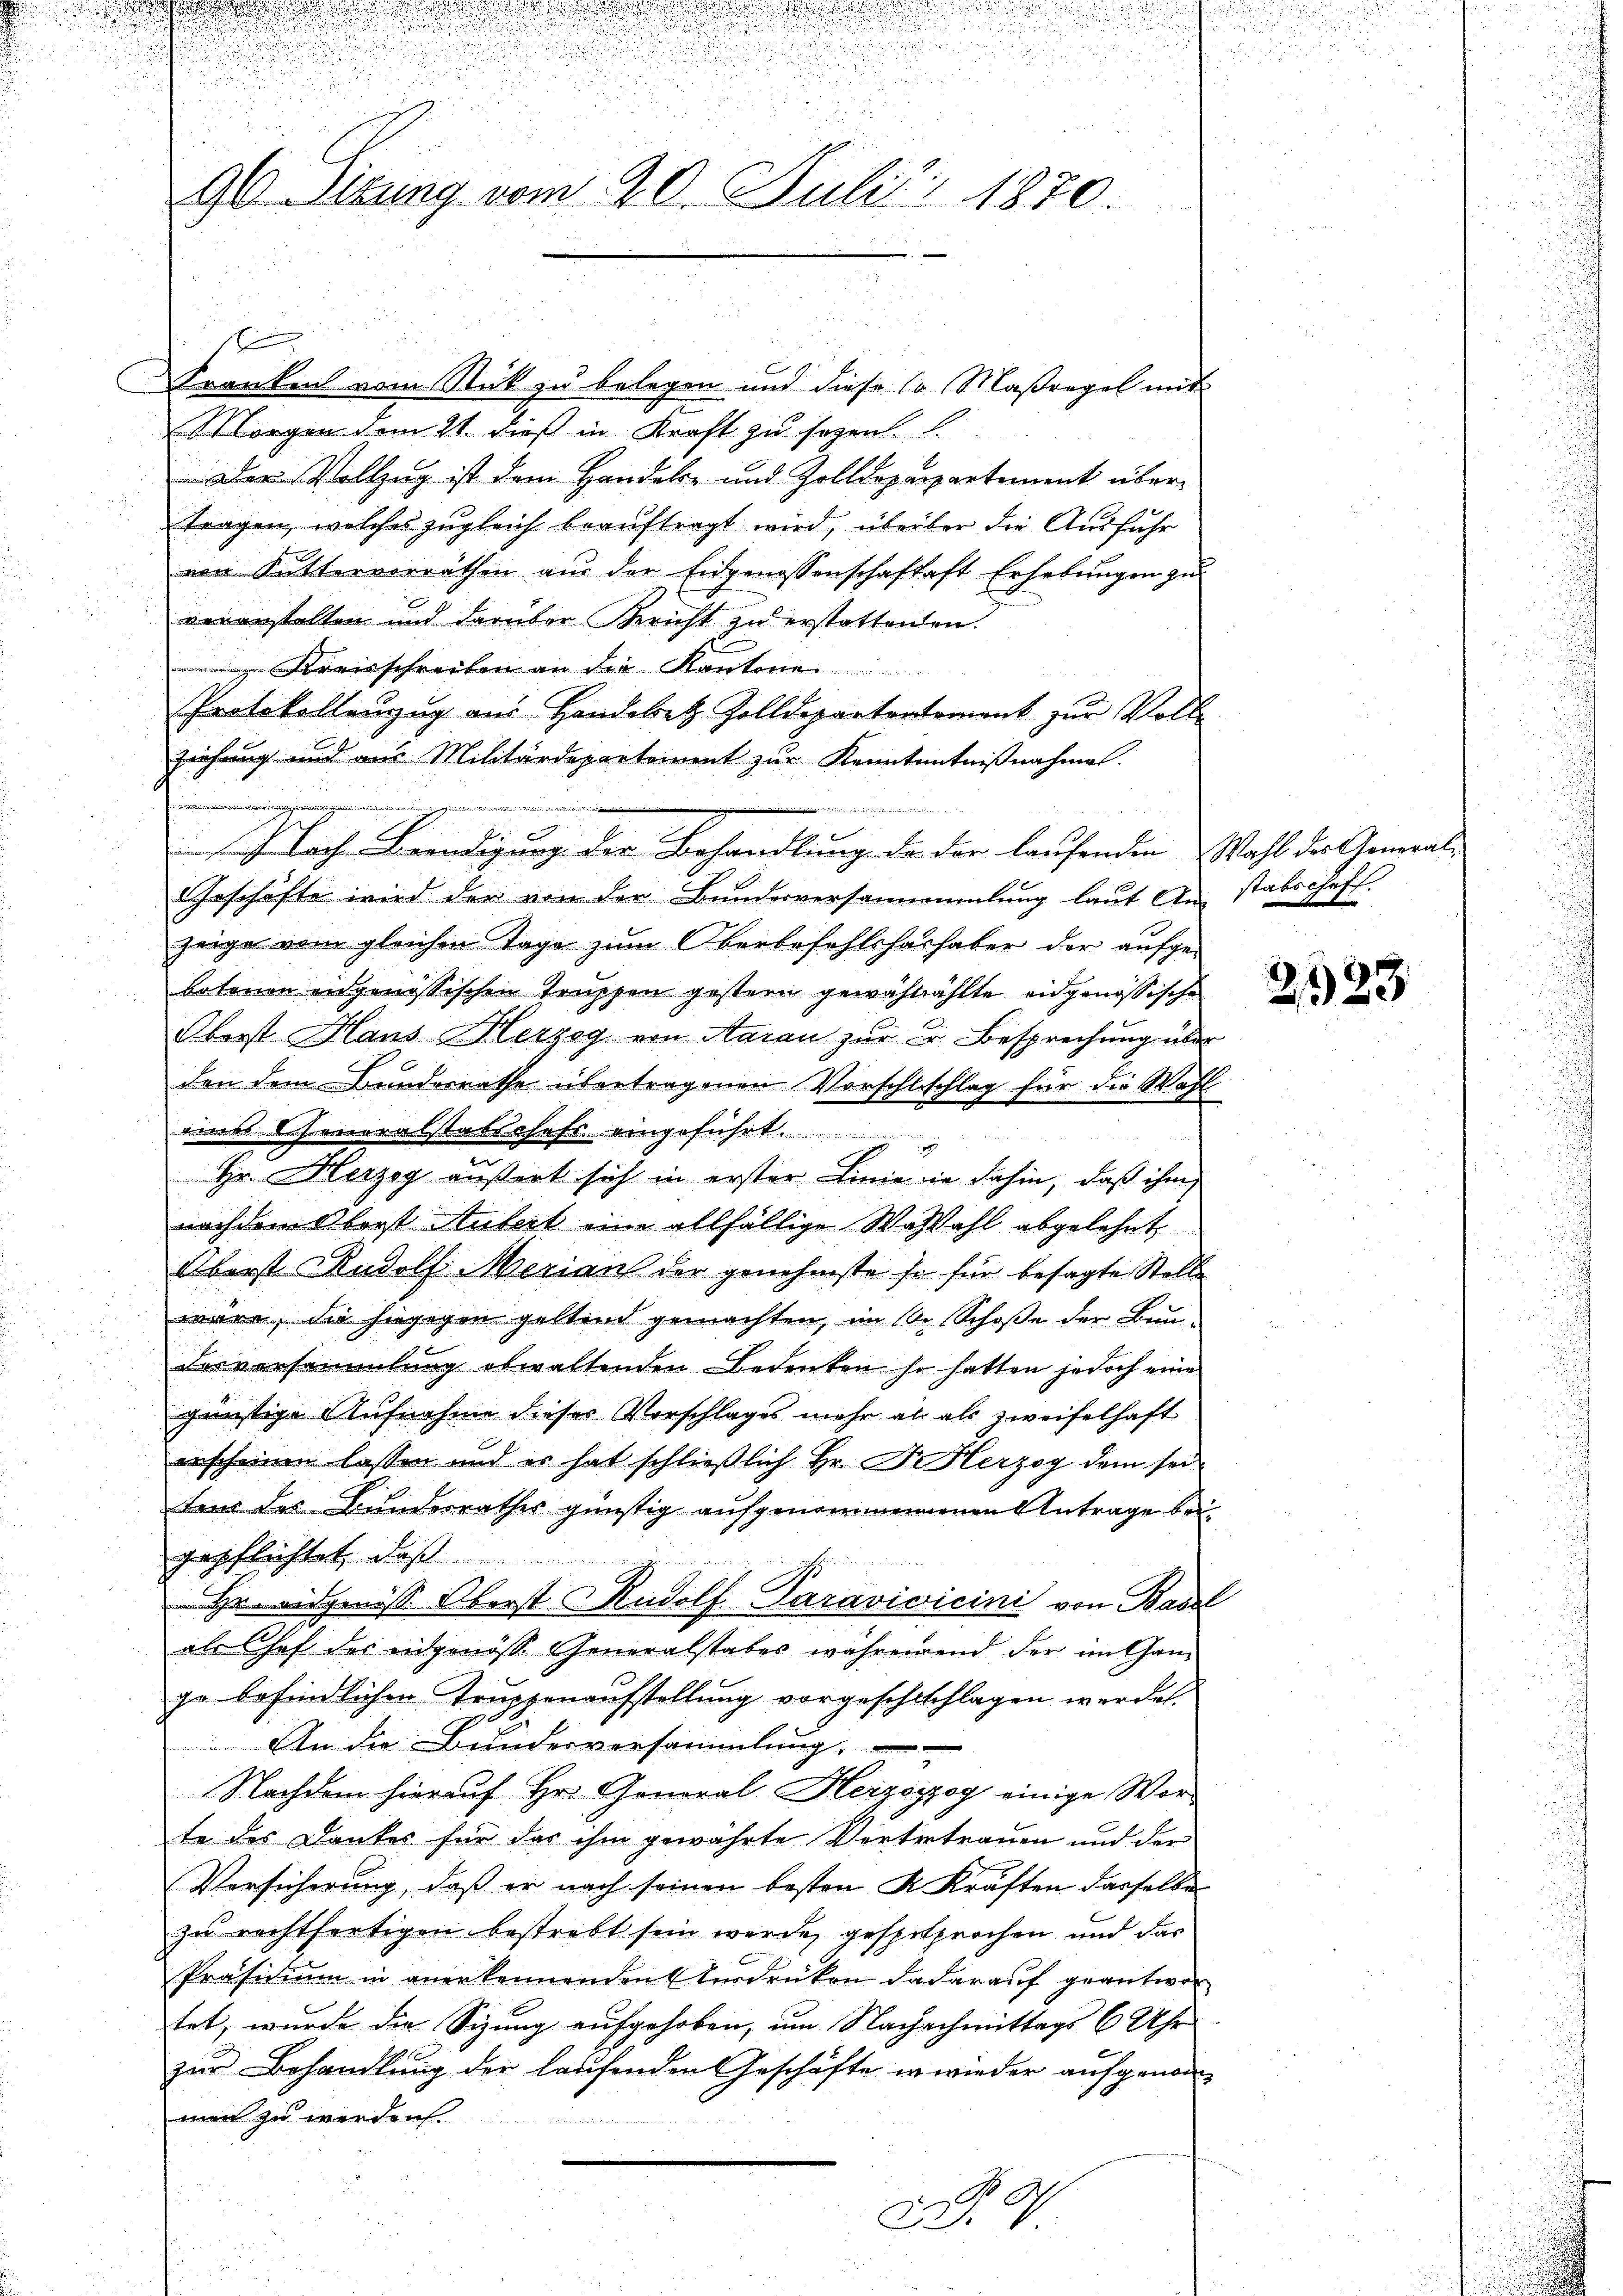
i

n
u
e

.
96. Sirung vom 20. Juli 1870.

f
Franken vom Stick zu belegen und diese so Maßregel mit
 Morgen dem 21. dieß in Kraft zu sogen.
Der Vollzug ist dem Handels- und Zolldeparpartement übertragen, welches zugleich beauftragt wird, überber die Ausführ
von Kuttervorräthen aŭs der Eidgenossenschaftaft Erhebŭngen zu
veranstalten und darüber Bericht zu erstattenen.
 Kreisschreiben an die Kantone
Protokollauszug aus Handebetz Zolldepartentement zur Voll-
ziehung und aus Militärdepartement zur Kenntnntnißnahme.
wir in Bezir
u
I. Nach Beendigung der Behandlung der der laufenden Wahl der Gemeil-
Geschäfte wird der von der Bundesversammlung laut Anstabschaff
zeige vom gleichen Tage zum Oberbefehlshashaber der aufgebotenen angenössischen Truppen gestern gewahlzählte eidgenössische
Oberst Hans Herzog von Aarau zur Fr. Besprechung über
den dem Bundesrathe übertragenen Vorschlschlag für die Wahl
eines Cheneralstabschefs eingeführt.
Hr. Herzeg äußert sich in erster Linie in dahin, daß ihm
nachdem Oberst Aufert eine allfällige Wahlahl abgelehnt
Oberst Rudolf Merian der genehmste so für besagte Stelle
wäre, die hiegegen geltend gemachten, im 1. Schoße der Bun-
Derversammlung obwaltenden Bedenken so hatten jedoch eine
günstige Aufnahme dieses Vorschlages mehr als als zweifelhaft
erscheinen lassen und es hat schließlich Hr. Fr. Herzog dem seitens des Bundesrathes günstig aufgenommenenen Antrage beigepflichtet, dass
Hr. eigeniss Oberst Rudolf-Paravivicini von Basel
als Chef der eidgenöss. Generalstabes währerend der im Gan-
ge befindlichen Truppenaufstellung vorgeschichlagen werden.
An die Bundesversammlung.
Nachdem hierauf Hrn. Gonoral Herzoyzog einige Worte des Dankes für das ihm gewährte Vertretrauen und der
Versicherung, daß er nach seinen besten K. Kräften dasselbe
zu rechtfertigen bestrebt sein werde gespesprochen und das
Präsidium in anerkennenden Verdrüken da darauf geantwor
tet, wurde die Sizung aufgehoben, um Nachachmittags 6 Uhr
zur Behandlung der laufenden Geschäfte er wieder aufgenommen zu werden.
2
 G

223